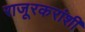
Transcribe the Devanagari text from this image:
राजूरकरांशी